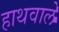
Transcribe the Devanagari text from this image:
हाथवाले